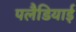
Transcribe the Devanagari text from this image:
पलैडियाई